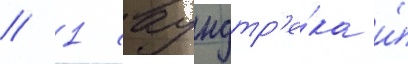
/ 1 саундтр'е́ка и́